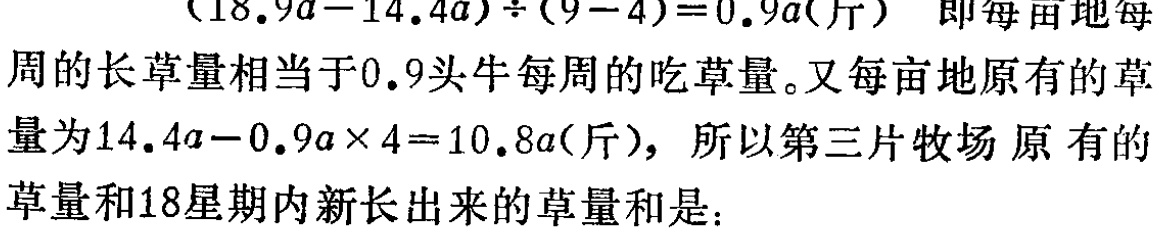
\((18.9a = 14.4a)\div(9 = 4)=0.9a(\text{斤})\) 即每亩地每周的长草量相当于\(0.9\)头牛每周的吃草量。又每亩地原有的草量为\(14.4a - 0.9a\times4 = 10.8a(\text{斤})\)，所以第三片牧场原有的草量和\(18\)星期内新长出来的草量和是：